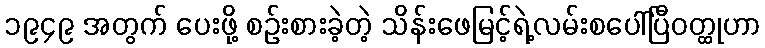
၁၉၄၉ အတွက် ပေးဖို့ စဉ်းစားခဲ့တဲ့ သိန်းဖေမြင့်ရဲ့လမ်းစပေါ်ပြီဝတ္ထုဟာ